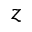
z